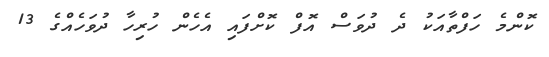
ކޮންމެ ހަފްތާއަކު ދެ ދުވަސް އޮފް ކޮށްފައި އެހެން ހުރިހާ ދުވަހެއްގެ 13